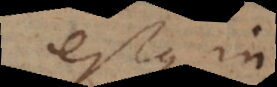
estque in